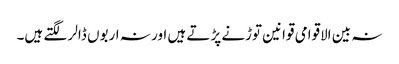
نہ بین الاقوامی قوانین توڑنے پڑتے ہیں اور نہ اربوں ڈالر لگتے ہیں۔